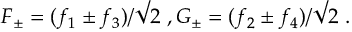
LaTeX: F _ { \pm } = ( f _ { 1 } \pm f _ { 3 } ) / \surd 2 \ , G _ { \pm } = ( f _ { 2 } \pm f _ { 4 } ) / \surd 2 \ .